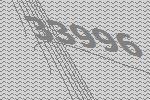
33996